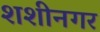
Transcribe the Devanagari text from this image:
शशीनगर